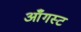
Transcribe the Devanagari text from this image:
आँगस्ट